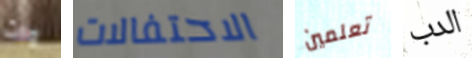
وات الاحتفالات تعلمين الدب